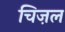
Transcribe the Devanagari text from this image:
चिज़ल